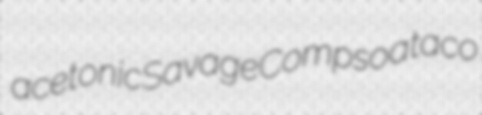
acetonic Savage Compsoa taco